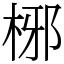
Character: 㭨